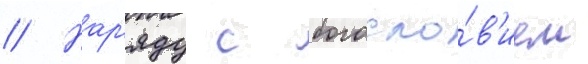
// Нар'яду с богосло́в'ием